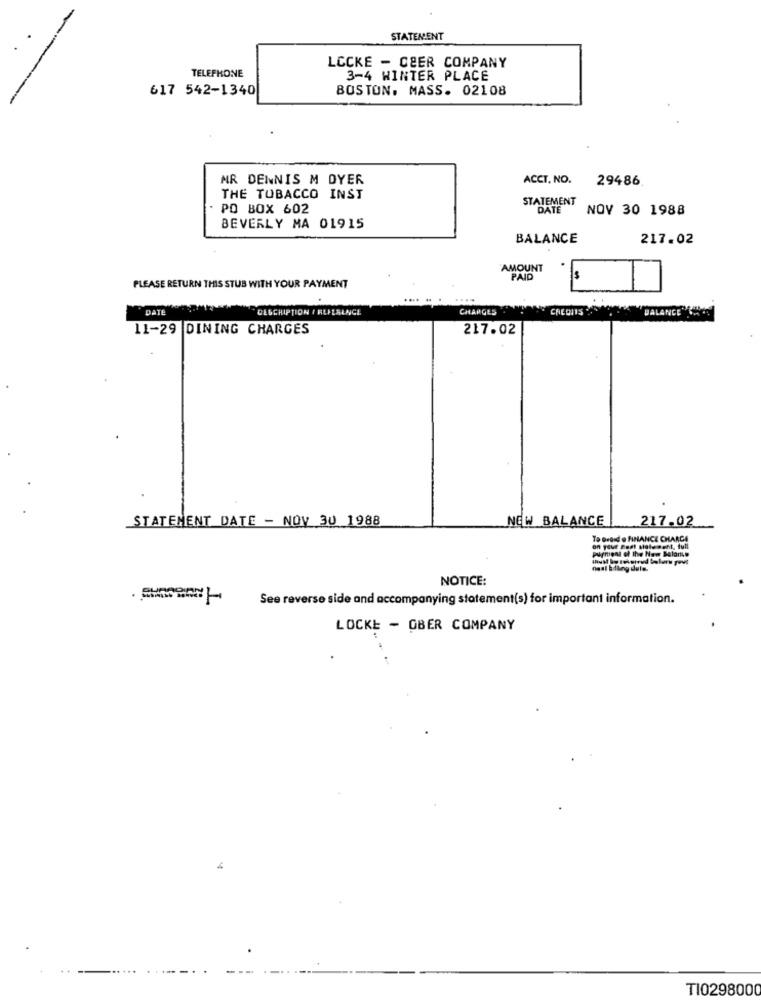
STATEMENT
LOCKE - CEER COMPANY
TELEPHONE
3-4 HINTER PLACE
617 542-1340
BOSTON, MASS. 02108
MR DENNIS M DYER
ACCT. NO.
29486
THE TOBACCO INST
STATEMENT
. PO BOX 602
DATE
NOV 30 1988
BEVERLY MA 01915
BALANCE
217.02
AMOUNT
PAID
Is
PLEASE RETURN THIS STUB WITH YOUR PAYMENT
...
DATE
DESCRIPTION / REPLALNCE
CHARGES
CREDITS
BALANCE CH
11-29 DINING CHARGES
217.02
STATEMENT DATE - NOV 30 1988
NEW BALANCE
217.02
To Bresd e FINANCE CHARCA
Purment of the New Balanite
on your Boat siale ment, full
fest Edling dule.
NOTICE:
See reverse side and accompanying statement(s) for important information.
LOCKE - OBER COMPANY
TI0298000